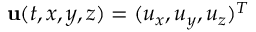
{ \bf u } ( t , x , y , z ) = ( u _ { x } , u _ { y } , u _ { z } ) ^ { T }